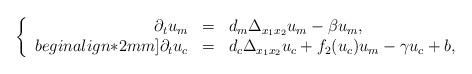
LaTeX: \begin{align*}\left\{ \begin{array}{rcl}\partial_{t}u_m &=& d_m \Delta_{x_1x_2} u_m - \beta u_m, \\begin{align*}2mm]\partial_{t}u_c &=& d_c \Delta_{x_1x_2} u_c + f_2(u_c) u_m - \gamma u_c + b,\end{array}\right.\end{align*}